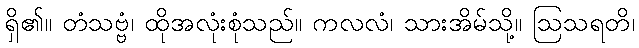
ရှိ၏။ တံသဗ္ဗံ၊ ထိုအလုံးစုံသည်။ ကလလံ၊ သားအိမ်သို့။ ဩသရတိ၊